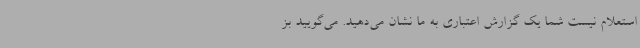
استعلام نیست شما یک گزارش اعتباری به ما نشان می‌دهید. می‌گویید بز